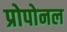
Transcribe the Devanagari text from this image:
प्रोपोनल